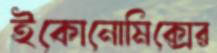
ইকোনোমিক্সের